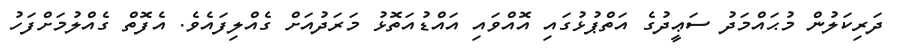
ދަރިކަލުން މުޙައްމަދު ސަޢީދުގެ އަތްޕުޅުގައި އޮއްވައި އައްޑުއަތޮޅު މަރަދުއަށް ގެއްލިފައެވެ. އެފޮތް ގެއްލުމަށްފަހު